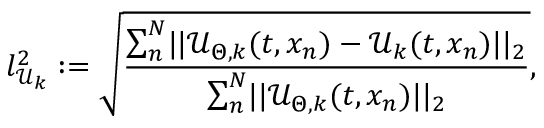
l _ { \mathcal { U } _ { k } } ^ { 2 } : = \sqrt { \frac { \sum _ { n } ^ { N } \mathopen | \mathopen | \mathcal { U } _ { \Theta , k } ( t , x _ { n } ) - \mathcal { U } _ { k } ( t , x _ { n } ) \mathclose | \mathclose | _ { 2 } } { \sum _ { n } ^ { N } \mathopen | \mathopen | \mathcal { U } _ { \Theta , k } ( t , x _ { n } ) \mathclose | \mathclose | _ { 2 } } } ,